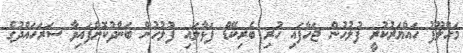
މަހްލޫފު ހައްޔަރުކުރީ ފުލުހުން ޖަހާފައި ހުރި ބެރިކޭޑް ފަޅާލައި ފުލުހުން ބަންދުކޮށްފައިވާ ސަރަހައްދުގެ